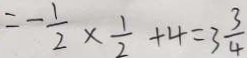
= - \frac { 1 } { 2 } \times \frac { 1 } { 2 } + 4 = 3 \frac { 3 } { 4 }